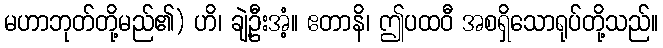
မဟာဘုတ်တို့မည်၏) ဟိ၊ ချဲ့ဦးအံ့။ ဧတာနိ၊ ဤပထဝီ အစရှိသောရုပ်တို့သည်။